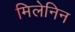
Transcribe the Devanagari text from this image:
मिलेनिन